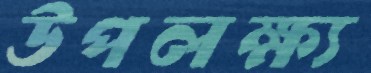
উপলক্ষ্য